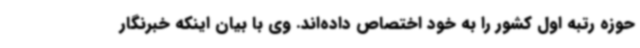
حوزه رتبه اول کشور را به خود اختصاص داده‌اند. وی با بیان اینکه خبرنگار